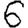
Digit: 6